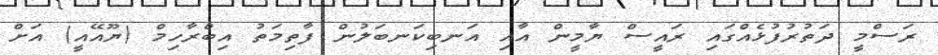
ރަސްމީ ދަތުރުފުޅެއްގައި ރައީސް ޔާމީން އާއި އަނބިކަނބަލުން ފާތިމަތު އިބްރާހިމް (ޔޫއޭއީ) އަށް